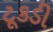
ટૂકડી